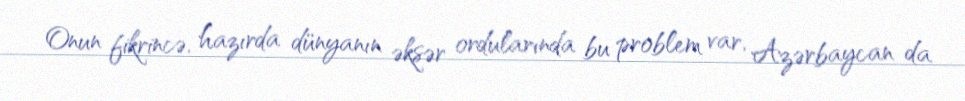
Onun fikrincə, hazırda dünyanın əksər ordularında bu problem var, Azərbaycan da